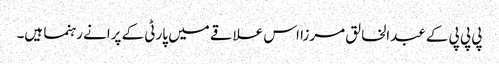
پی پی پی کے عبدالخالق مرزا اس علاقے میں پارٹی کے پرانے رہنما ہیں۔